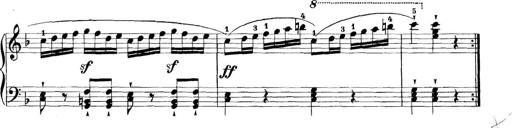
Title: 11 Sonatinas
Composer: Anton Diabelli